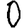
Digit: 0